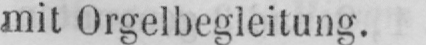
mit Orgelbegleitung.